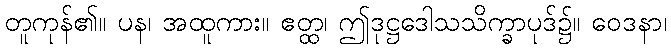
တူကုန်၏။ ပန၊ အထူကား။ ဧတ္ထ၊ ဤဒုဋ္ဌဒေါသသိက္ခာပုဒ်၌။ ဝေဒနာ၊